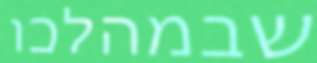
שבמהלכו